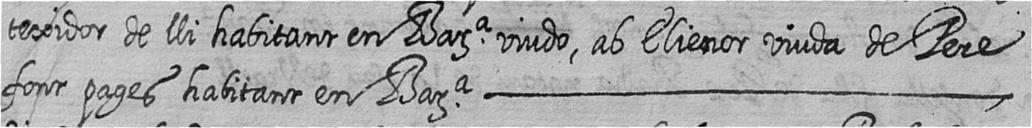
texidor de lli habitant en Bara viudo ab Elienor viuda de Pere